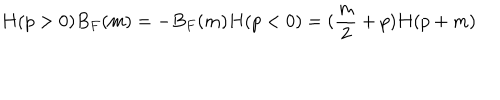
LaTeX: H ( p > 0 ) B _ { F } ( m ) = - B _ { F } ( m ) H ( p < 0 ) = ( \frac { m } { 2 } + p ) H ( p + m )